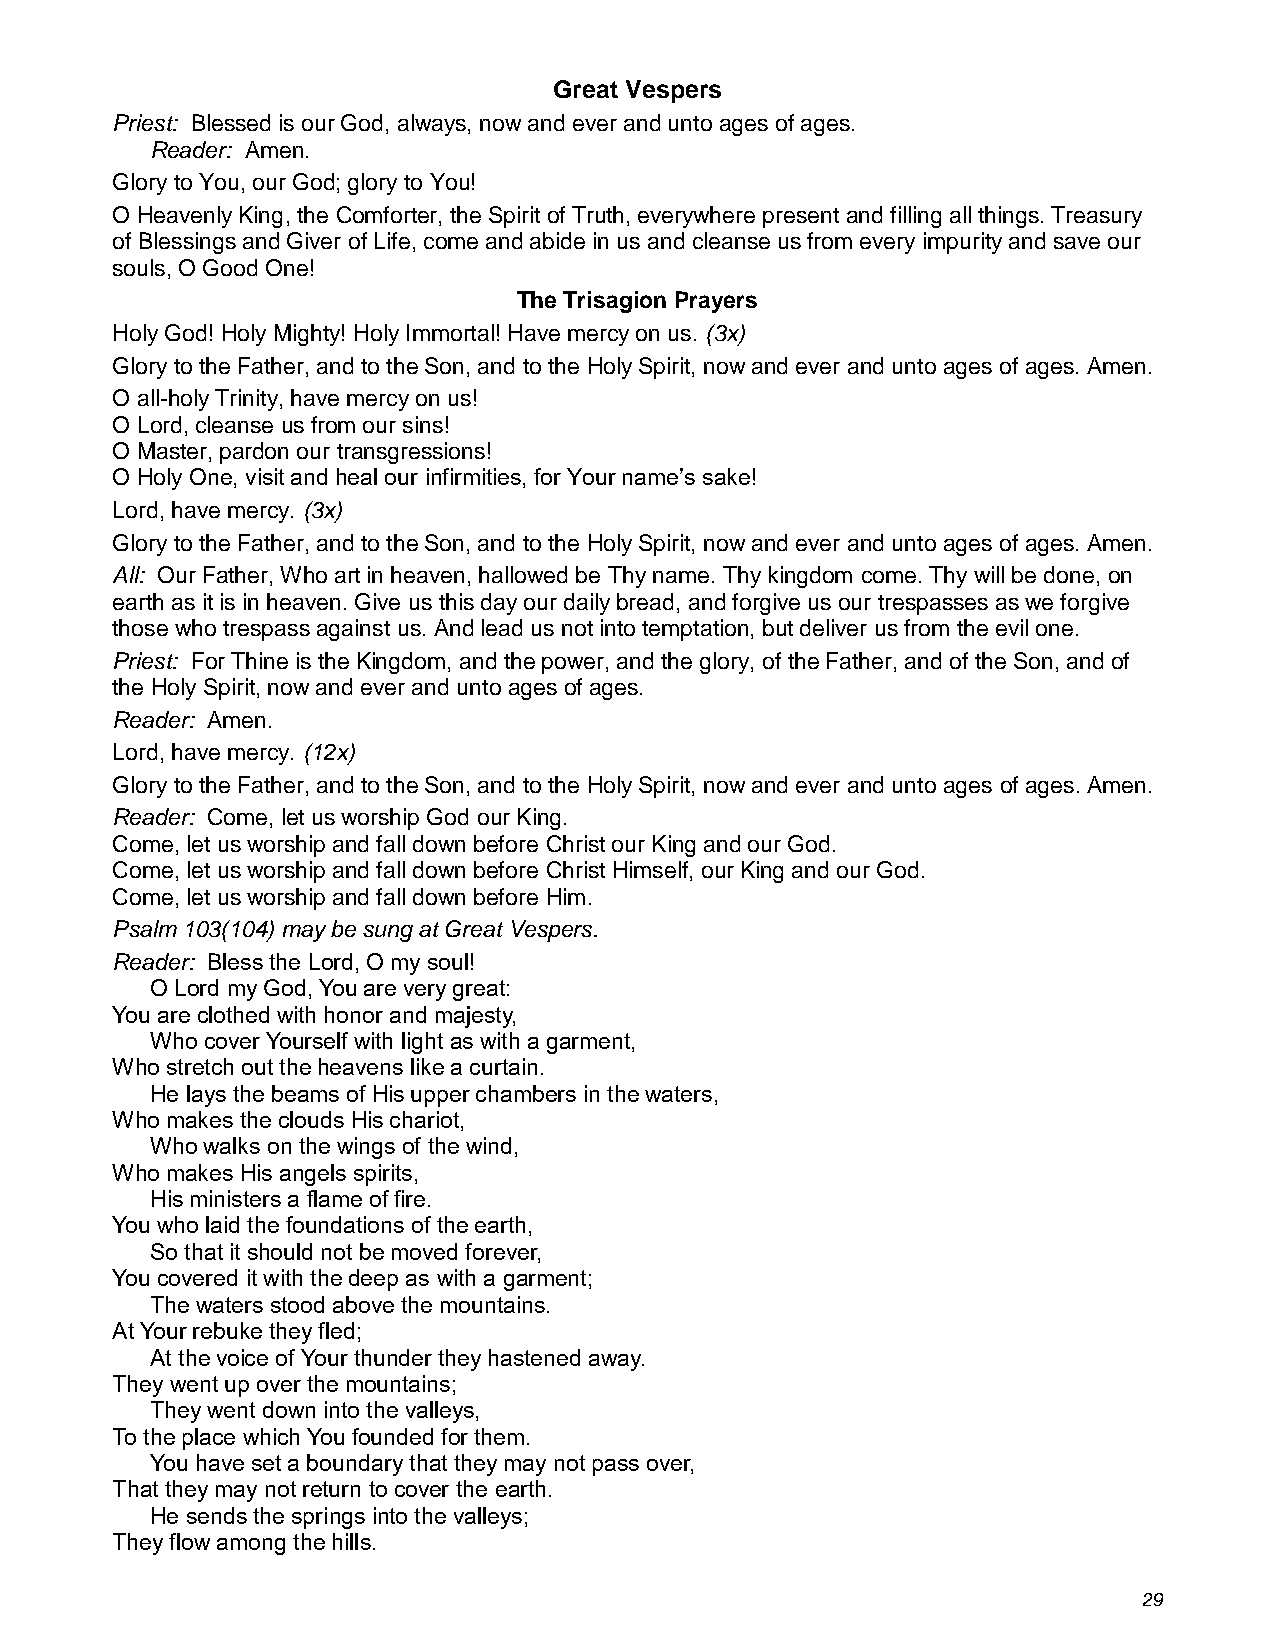
Great Vespers
 Priest: Blessed is our God, always, now and ever and unto ages of ages.
 Reader: Amen.
 Glory to You, our God; glory to You!
 O Heavenly King, the Comforter, the Spirit of Truth, everywhere present and filling all things. Treasury
 of Blessings and Giver of Life, come and abide in us and cleanse us from every impurity and save our
 souls, O Good One!
 The Trisagion Prayers
 Holy God! Holy Mighty! Holy Immortal! Have mercy on us. (3x)
 Glory to the Father, and to the Son, and to the Holy Spirit, now and ever and unto ages of ages. Amen.
 O all-holy Trinity, have mercy on us!
 O Lord, cleanse us from our sins!
 O Master, pardon our transgressions!
 O Holy One, visit and heal our infirmities, for Your name’s sake!
 Lord, have mercy. (3x)
 Glory to the Father, and to the Son, and to the Holy Spirit, now and ever and unto ages of ages. Amen.
 All: Our Father, Who art in heaven, hallowed be Thy name. Thy kingdom come. Thy will be done, on
 earth as it is in heaven. Give us this day our daily bread, and forgive us our trespasses as we forgive
 those who trespass against us. And lead us not into temptation, but deliver us from the evil one.
 Priest: For Thine is the Kingdom, and the power, and the glory, of the Father, and of the Son, and of
 the Holy Spirit, now and ever and unto ages of ages.
 Reader: Amen.
 Lord, have mercy. (12x)
 Glory to the Father, and to the Son, and to the Holy Spirit, now and ever and unto ages of ages. Amen.
 Reader: Come, let us worship God our King.
 Come, let us worship and fall down before Christ our King and our God.
 Come, let us worship and fall down before Christ Himself, our King and our God.
 Come, let us worship and fall down before Him.
 Psalm 103(104) may be sung at Great Vespers.
 Reader: Bless the Lord, O my soul!
 O Lord my God, You are very great:
 You are clothed with honor and majesty,
 Who cover Yourself with light as with a garment,
 Who stretch out the heavens like a curtain.
 He lays the beams of His upper chambers in the waters,
 Who makes the clouds His chariot,
 Who walks on the wings of the wind,
 Who makes His angels spirits,
 His ministers a flame of fire.
 You who laid the foundations of the earth,
 So that it should not be moved forever,
 You covered it with the deep as with a garment;
 The waters stood above the mountains.
 At Your rebuke they fled;
 At the voice of Your thunder they hastened away.
 They went up over the mountains;
 They went down into the valleys,
 To the place which You founded for them.
 You have set a boundary that they may not pass over,
 That they may not return to cover the earth.
 He sends the springs into the valleys;
 They flow among the hills.
 29